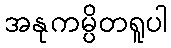
အနုကမ္ပိတရူပါ